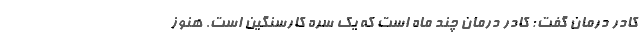
کادر درمان گفت: کادر درمان چند ماه است که یک سره کارسنگین است. هنوز